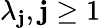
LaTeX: \lambda_{\mathbf{j}},\mathbf{j}\geq1